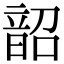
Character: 韶